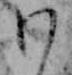
わ